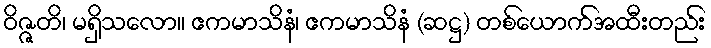
ဝိဇ္ဇတိ၊ မရှိသလော။ ဧကမာသိနံ၊ ဧကမာသိနံ (ဆဋ္ဌ) တစ်ယောက်အထီးတည်း